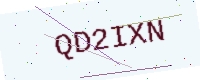
Text: QD2IXN